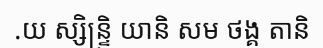
.យ ស្សិន្ទ្រិ យានិ សម ថង្គ តានិ